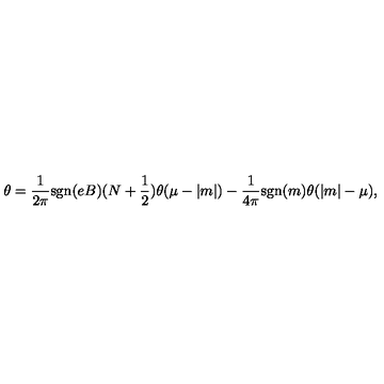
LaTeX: \theta = \frac { 1 } { 2 \pi } \mathrm { s g n } ( e B ) ( N + \frac { 1 } { 2 } ) \theta ( \mu - | m | ) - \frac { 1 } { 4 \pi } \mathrm { s g n } ( m ) \theta ( | m | - \mu ) ,